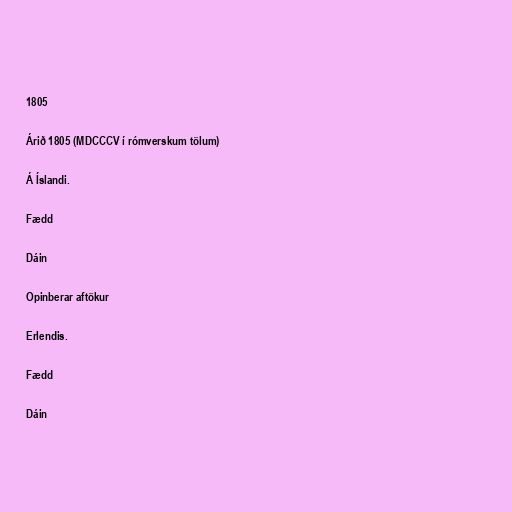
1805

Árið 1805 (MDCCCV í rómverskum tölum)

Á Íslandi.

Fædd

Dáin

Opinberar aftökur

Erlendis.

Fædd

Dáin